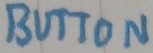
Text: BUTTON